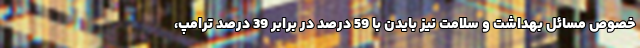
خصوص مسائل بهداشت و سلامت نیز بایدن با 59 درصد در برابر 39 درصد ترامپ،